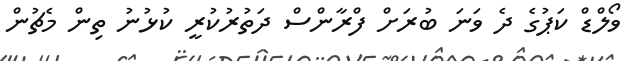
ވޯލްޑް ކަޕުގެ ދެ ވަނަ ބުރަށް ފްރާންސް ދަތުރުކުރީ ކުޅުނު ތިން މެޗުން